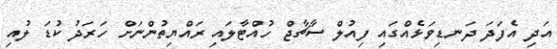
އަދި އެފަދަ ދަނޑިވަޅެއްގައި ފިއުލް ސާޗާޖް ހުއްޓާލައި ރައްޔިތުންނަށް ހަރަދު ކުޑަ ލުއި